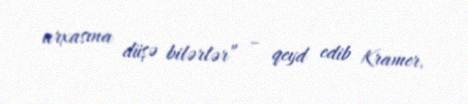
arxasına düşə bilərlər” – qeyd edib Kramer.